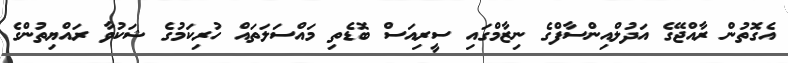
އެގޮތުން ރާއްޖޭގެ އަދުލްއިންސާފްގެ ނިޒާމްގައި ސީރިއަސް ބޮޑެތި މައްސަލަތައް ހުރިކަމުގެ ޝަކުވާ ރައްޔިތުންގެ